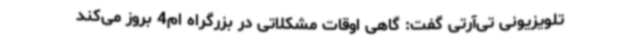
تلویزیونی تی‌آرتی گفت: گاهی اوقات مشکلاتی در بزرگراه ام4 بروز می‌کند